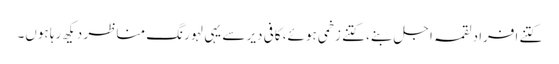
کتنے افراد لقمہ اجل بنے، کتنے زخمی ہوئے، کافی دیر سے یہی لہورنگ مناظر دیکھ رہا ہوں۔